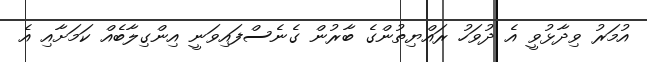
އުމަރު ވިދާޅުވީ އެ ދުވަހު ރައްޔިތުންގެ ބާރުން ގެނެސްފައިވަނީ އިންގިލާބެއް ކަމަށާއި އެ